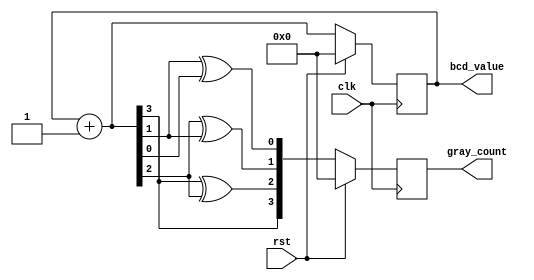
//4 bit gray_counter
module iiitb_gray_cntr(clk, rst, bcd_value, gray_count);

input clk; 
input rst;
output reg [3:0] bcd_value;
output reg [3:0] gray_count;


always@(posedge clk)
begin
  if(rst)
  begin
    bcd_value = 4'b0;
    gray_count = 4'b0;
  end
  else
  begin
    bcd_value =  bcd_value + 1;
    gray_count = {bcd_value[3], bcd_value[3]^bcd_value[2], bcd_value[2]^bcd_value[1], bcd_value[1]^bcd_value[0]};
    //adding display for reference
    //$display("%0t | BCD - %b -> GRAY - %b",$time,bcd_value,gray_count);
  end
end
endmodule